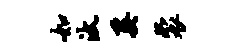
如汰奚裘